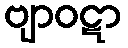
ဗျာဝဋာ